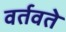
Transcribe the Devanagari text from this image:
वर्तवते